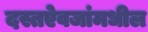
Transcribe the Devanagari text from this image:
दस्तऐवजांमधील